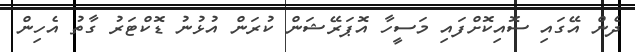
ދެން އޭގައި ސޮއިކޮށްފައި މަސީހާ އޮޕަރޭޝަން ކުރަން އުޅުނު ޑޮކްޓަރު ގާތު އެހިން